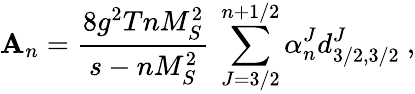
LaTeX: \mathbf{A}_{n}=\frac{{8g^{2}TnM_{S}^{2}}}{{s-nM_{S}^{2}}}\mathrm{{~}}\sum_{J=3/2}^{n+1/2}\alpha_{n}^{J}d_{3/2,3/2}^{J}\ ,